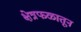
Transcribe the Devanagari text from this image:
क्षेत्रफळातून